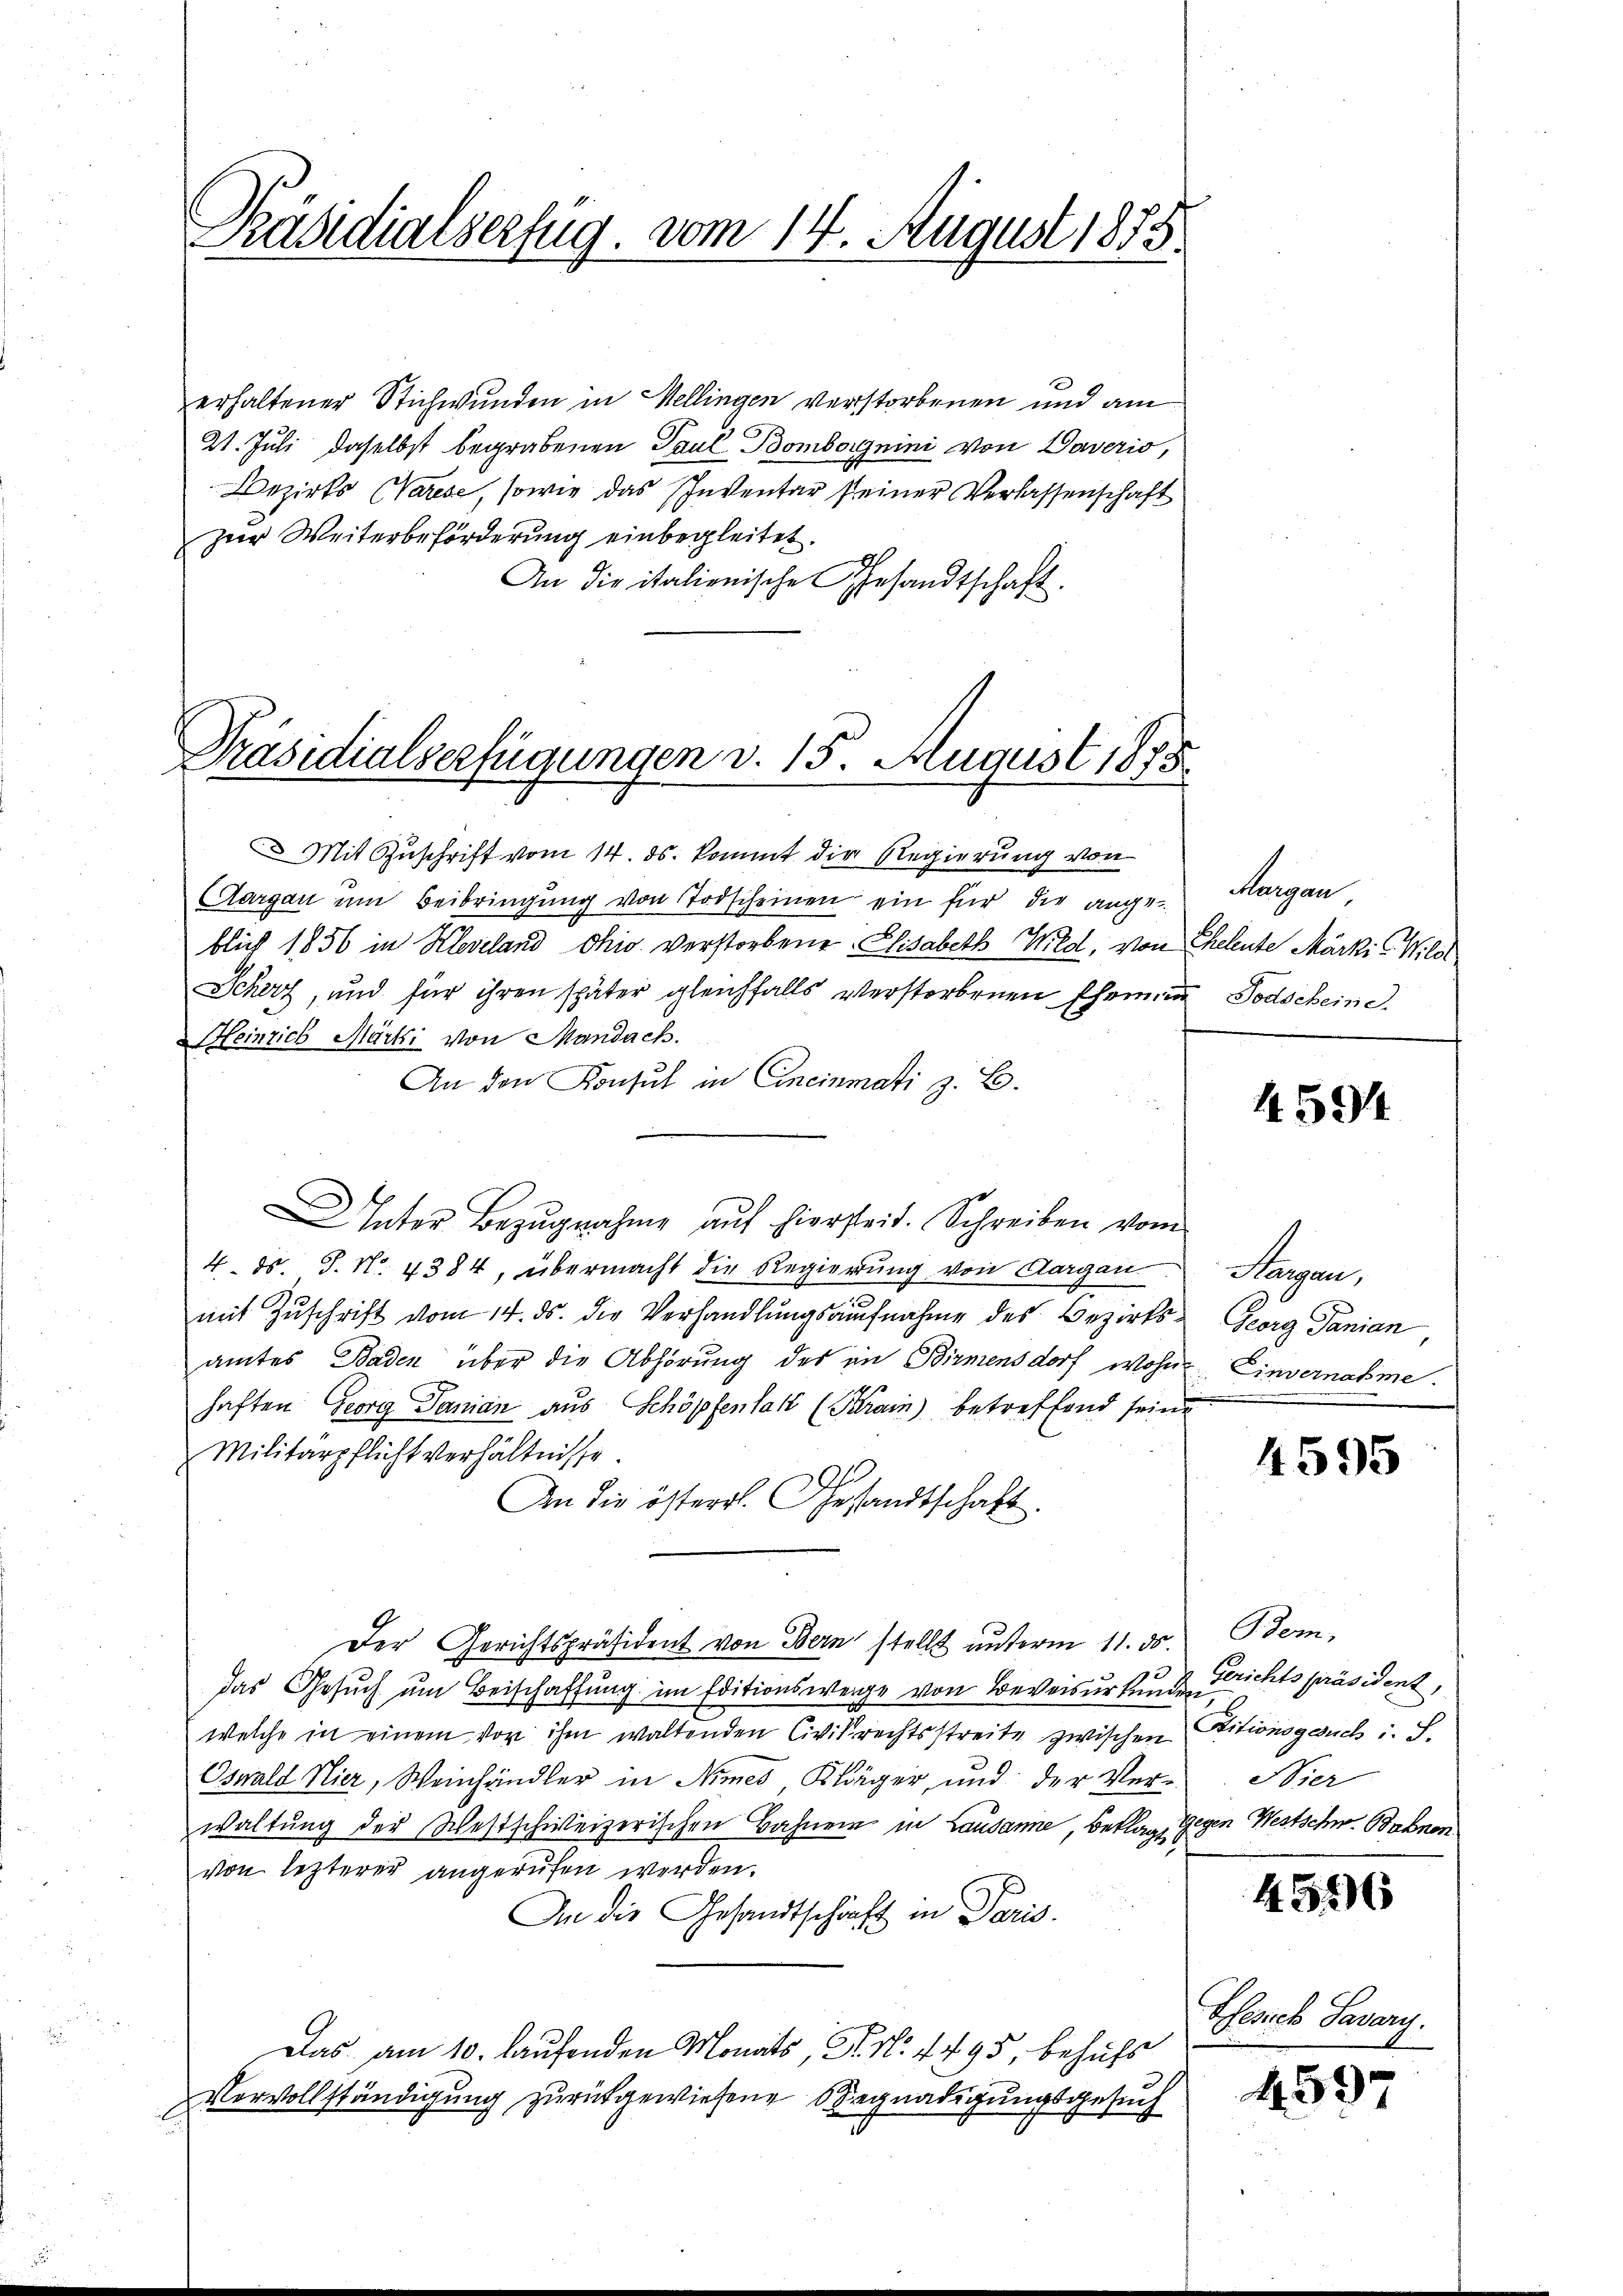
Präsidialserfug. vom 14. August 1858.

erhaltener Stichwunden in Mellingen verstorbenen und am
.
21. Juli daselbst begrabenen Paul Bomborgnini von Daverio,
Bezirks (Varese, sowie das Inventar seiner Verlassenschaft
zur Weiterbeförderung einbegleitet.
h
An die italienische Gesandtschaft

Präsidialverfügungen v. 15. August 1875.

Mit Zuschrift vom 14. ds. kommt die Regierung von
Aargau ŭm Beibringŭng von Todscheinen ein für die ange-Margau
blich 1856 in Kleveland Ohio verstorbene Elisabeth Wild, von Eheleute Märkis Wild
Scherz, und für ihren später gleichfalls verstorbenen Ehemann Todscheine
Heinrich Märki von Mandach.
An den Konsul in Cincinati z. B.
Inter Bezŭgnahme aŭf hiersteit. Schreiben vom
4. ds. S. Nr. 4384, übermacht die Regierŭng von Aargau Sargau,
1
mit Zuschrift vom 14. ds. die Verhandlungsaufnahme des Bezirks- Georg Panian
amtes Baden über die Abhörung des in Birmensdorf wohne Einvernahme.
haften Georg Damian aus Schöpfenlatt (Krain betreffend seine
Militärpflicht verhältnisse
An die österr. Gesandtschaft.
Der Gerichtspräsident von Bern stellt unterm 11. ds. Bem
das Gesuch um Beischaffung im Editionswege von Beweisurkunde Gerichtspräsident,
welche in einem vor ihm waltenden Civilrechtsstreite zwischen Titionsgesuch i. S.
Oswald Nier, Weinhändler in Nimes Kläger, und der Verwaltung der Westschweizerischen Bahnen in Lausanne, Beklage Gegen Westschw. Bahnen
von letzterer angerufen werden.
An die Gesandtschaft in Paris.
Das am 10. laufenden Monats, N. N. 4495, behufs
Vervollständigung zurückgewiesene Begnadigungsgesuch

459

4595

Nier

4596

Gesich Savary.

4597